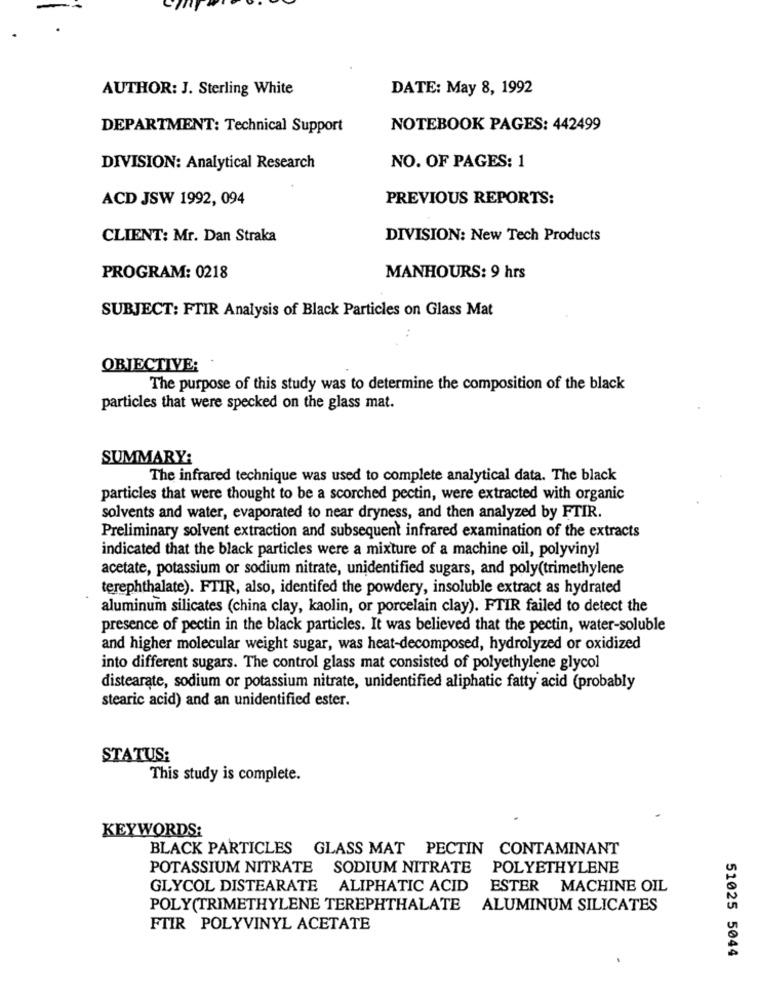
AUTHOR: J. Sterling White
DATE: May 8, 1992
DEPARTMENT: Technical Support
NOTEBOOK PAGES: 442499
NO. OF PAGES: 1
DIVISION: Analytical Research
ACD JSW 1992, 094
PREVIOUS REPORTS:
CLIENT: Mr. Dan Straka
DIVISION: New Tech Products
PROGRAM: 0218
MANHOURS: 9 hrs
SUBJECT: FTIR Analysis of Black Particles on Glass Mat
OBJECTIVE;
The purpose of this study was to determine the composition of the black
particles that were specked on the glass mat.
SUMMARY:
The infrared technique was used to complete analytical data. The black
particles that were thought to be a scorched pectin, were extracted with organic
solvents and water, evaporated to near dryness, and then analyzed by FTIR.
Preliminary solvent extraction and subsequent infrared examination of the extracts
indicated that the black particles were a mixture of a machine oil, polyvinyl
acetate, potassium or sodium nitrate, unidentified sugars, and poly(trimethylene
terephthalate). FTIR, also, identifed the powdery, insoluble extract as hydrated
aluminum silicates (china clay, kaolin, or porcelain clay). FTIR failed to detect the
presence of pectin in the black particles. It was believed that the pectin, water-soluble
and higher molecular weight sugar, was heat-decomposed, hydrolyzed or oxidized
into different sugars. The control glass mat consisted of polyethylene glycol
distearate, sodium or potassium nitrate, unidentified aliphatic fatty acid (probably
stearic acid) and an unidentified ester.
STATUS:
This study is complete.
KEYWORDS:
BLACK PARTICLES GLASS MAT PECTIN CONTAMINANT
POTASSIUM NITRATE
SODIUM NITRATE
POLYETHYLENE
GLYCOL DISTEARATE
ALIPHATIC ACID
ESTER MACHINE OIL
POLY(TRIMETHYLENE TEREPHTHALATE
ALUMINUM SILICATES
FTIR POLYVINYL ACETATE
51025 5044